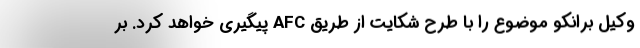
وکیل برانکو موضوع را با طرح شکایت از طریق AFC پیگیری خواهد کرد. بر